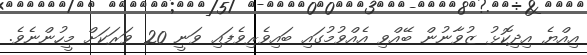
އިއްޔެ އިދިކޮޅު ޒުވާނުން ބޭއްވި އެއްވުމުގައި ބައިވެރިވެފައި ވަނީ 20 ވަރަކަށް މީހުންނެވެ.